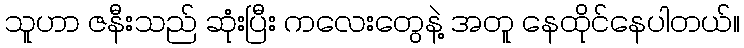
သူဟာ ဇနီးသည် ဆုံးပြီး ကလေးတွေနဲ့ အတူ နေထိုင်နေပါတယ်။